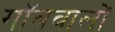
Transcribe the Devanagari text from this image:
गॉववालों